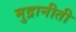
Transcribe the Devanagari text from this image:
मुद्रानीती